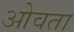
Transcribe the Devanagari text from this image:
ओवता